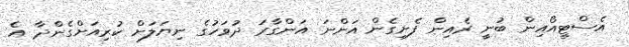
އެސްޓީއޯއިން ބުނީ ރެއިން ފެށިގެން އަންނަ އަންގާރަ ދުވަހުގެ ނިޔަލަށް ކުރިއަށްގެންދާ އެ